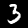
Digit: 3